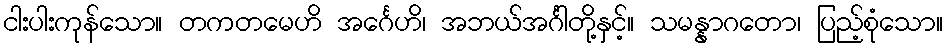
ငါးပါးကုန်သော။ တကတမေဟိ အင်္ဂေဟိ၊ အဘယ်အင်္ဂါတို့နှင့်။ သမန္နာဂတော၊ ပြည့်စုံသော။